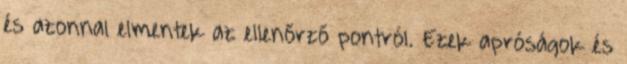
és azonnal elmentek az ellenőrző pontról. Ezek apróságok és